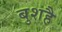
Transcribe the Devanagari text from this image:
बुशहै